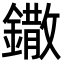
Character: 鏾